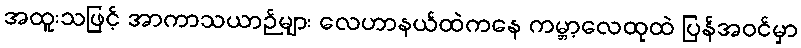
အထူးသဖြင့် အာကာသယာဉ်များ လေဟာနယ်ထဲကနေ ကမ္ဘာ့လေထုထဲ ပြန်အဝင်မှာ